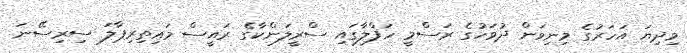
މިދިޔަ އަހަރުގެ މިނިވަން ދުވަހުގެ ރަސްމީ ހަފްލާގައި ސްރީލަންކާގެ ރައީސް މައިތިރިޕާލަ ސިރިސޭނަ